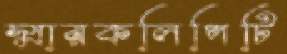
স্মারকলিপিটি